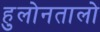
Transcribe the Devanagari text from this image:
हुलोनतालो